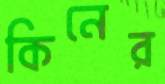
কিনের